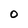
Character: O